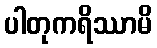
ပါတုကရိဿာမိ